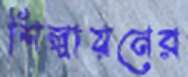
শিল্পায়নের